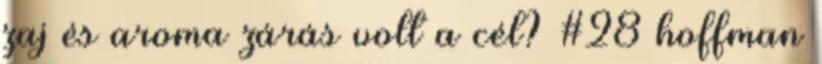
zaj és aroma zárás volt a cél? #28 hoffman